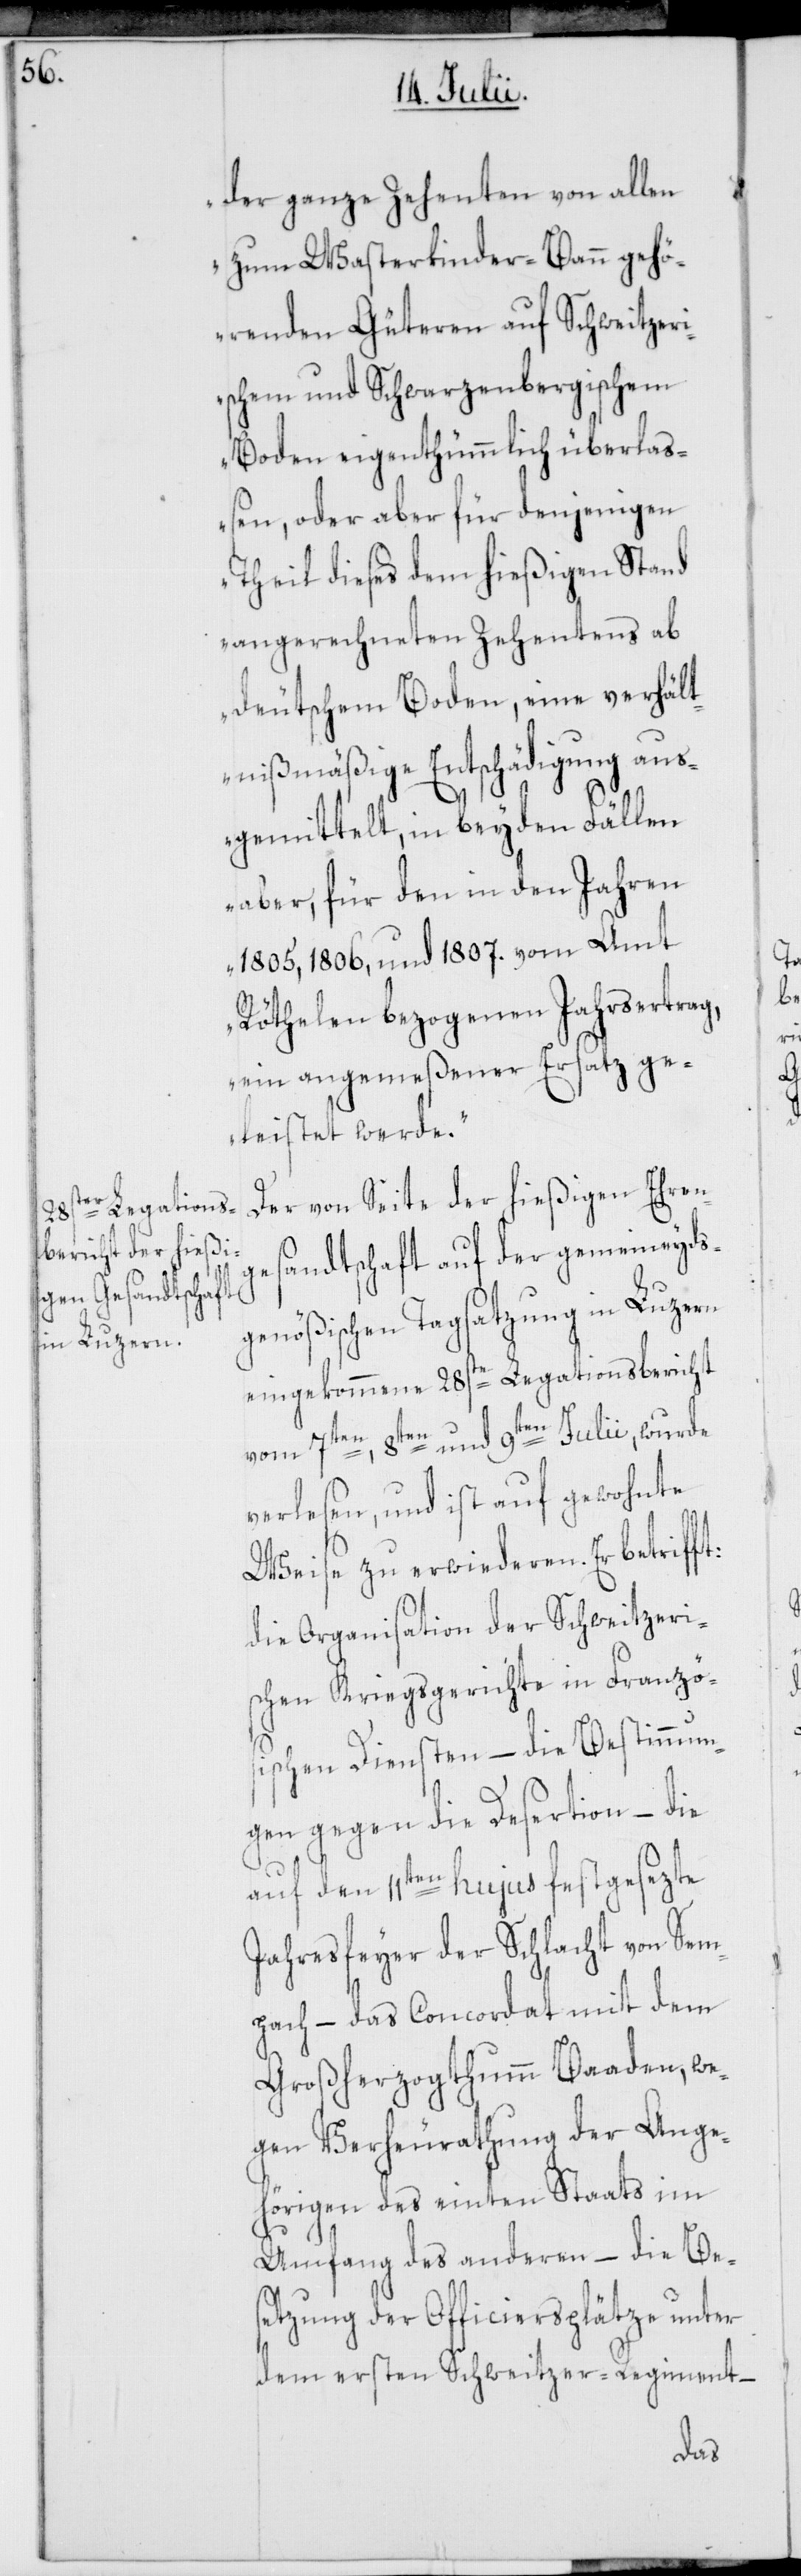
der ganze Zehenten von allen
zum Wasterkinder-Bann gehö¬
renden Güteren auf Schweitzer¬
ischem und Schwarzenbergischem
Boden eigenthümmlich überlaß¬
en, oder aber für denjenigen
Theil dieses dem hießigen Stand
angerechneten Zehentens ab
deutschem Boden, eine verhält¬
nißmäßige Entschädigung aus¬
gemittelt, in beyden Fällen
aber, für den in den Jahren
1805, 1806, und 1807. vom Amt
Röthelen bezogenen Jahrsertrag,
ein angemeßener Ersatz ge¬
leistet werde.“
Der von Seite der hießigen Ehren¬
gesandtschaft auf der gemeineyds¬
genößischen Tagsatzung in Luzern
eingekommene 28ste Legationsbericht
vom 7ten, 8ten und 9ten Julii, wurde
verlesen, und ist auf gewohnte
Weise zu erwiederen. Er betrifft:
die Organisation der Schweitzeri¬
schen Kriegsgerichte in Franzö¬
sischen Diensten – die Bestimmun¬
gen gegen die Desertion – die
auf den 11ten hujus festgesezte
Jahresfeyer der Schlacht von Sem¬
pach – das Concordat mit dem
Großherzogthumm Baaden, we¬
gen Verheurathung der Ange¬
hörigen des einten Staats im
Umfang des anderen – die Be¬
setzung der Officiersplätze unter
dem ersten Schweitzer-Regiment –